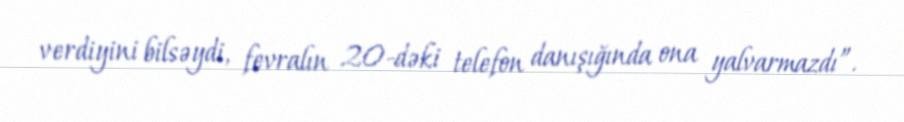
verdiyini bilsəydi, fevralın 20-dəki telefon danışığında ona yalvarmazdı”.